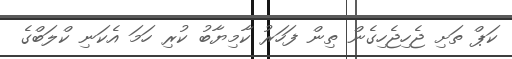
ކަޕް ތަށި ޖެހިޖެހިގެން ތިން ފަހަރު ކާމިޔާބު ކުރި ހަމަ އެކަނި ކްލަބްގެ